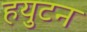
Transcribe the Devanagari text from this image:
हयुटन